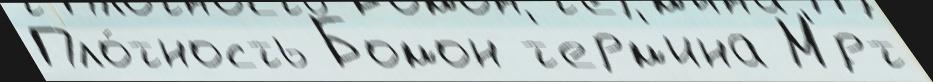
Пло́тность Бомон т'ерм'ина М'́рт